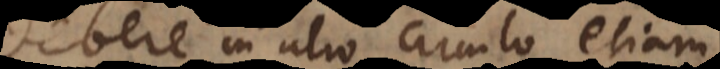
debere in alio circulo etiam